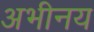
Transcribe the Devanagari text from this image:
अभीनय